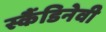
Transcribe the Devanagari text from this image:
स्कैंडिनेवी